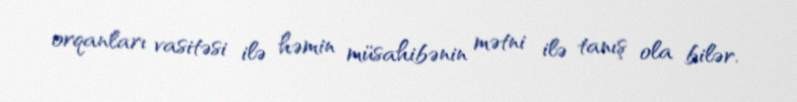
orqanları vasitəsi ilə həmin müsahibənin mətni ilə tanış ola bilər.